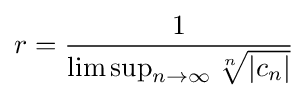
r={\frac {1}{\limsup _{n\to \infty }{\sqrt[{n}]{|c_{n}|}}}}